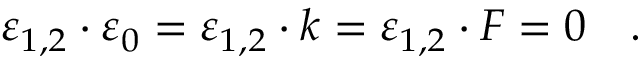
\varepsilon _ { 1 , 2 } \cdot \varepsilon _ { 0 } = \varepsilon _ { 1 , 2 } \cdot k = \varepsilon _ { 1 , 2 } \cdot F = 0 \quad .